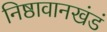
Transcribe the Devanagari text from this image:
निष्ठावानखंडं